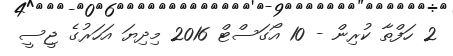
2 ހަފްތާ ކުރިން - 10 އޯގަސްޓް 2016 މިދިޔަ އަހަރުގެ ޖީސީ